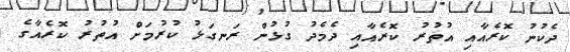
ދެކުނު ކޮރެއާއި އުތުރު ކޮރެއާއި ދެމެދު ގުޅުން ރަނގަޅު ކުރުމަށް އުތުރު ކޮރެއާގެ